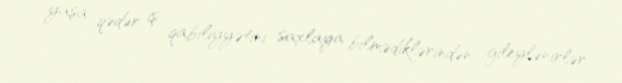
yaşa qədər iş qabiliyyətini saxlaya bilmədiklərindən gileylənirlər.